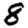
Digit: 8